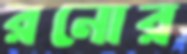
রনোর